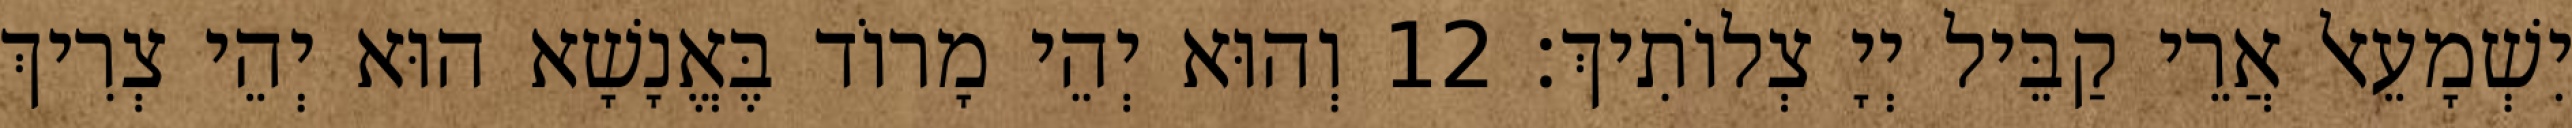
יִשְׁמָעֵאל אֲרֵי קַבֵּיל יְיָ צְלוֹתִיךְ׃ 12 וְהוּא יְהֵי מָרוֹד בֶּאֱנָשָׁא הוּא יְהֵי צְרִיךְ